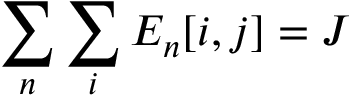
\sum _ { n } { \sum _ { i } { E _ { n } [ i , j ] } } = J